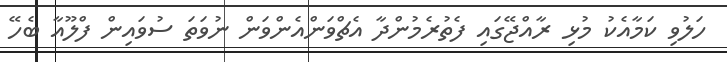
ހަލުވި ކަމާއެކު މުޅި ރާއްޖޭގައި ފެތުރެމުންދާ އެޗްވަންއެންވަން ނުވަތަ ސުވައިން ފްލޫއާ ބެހޭ